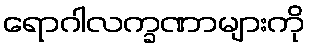
ရောဂါလက္ခဏာများကို